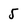
Character: 5